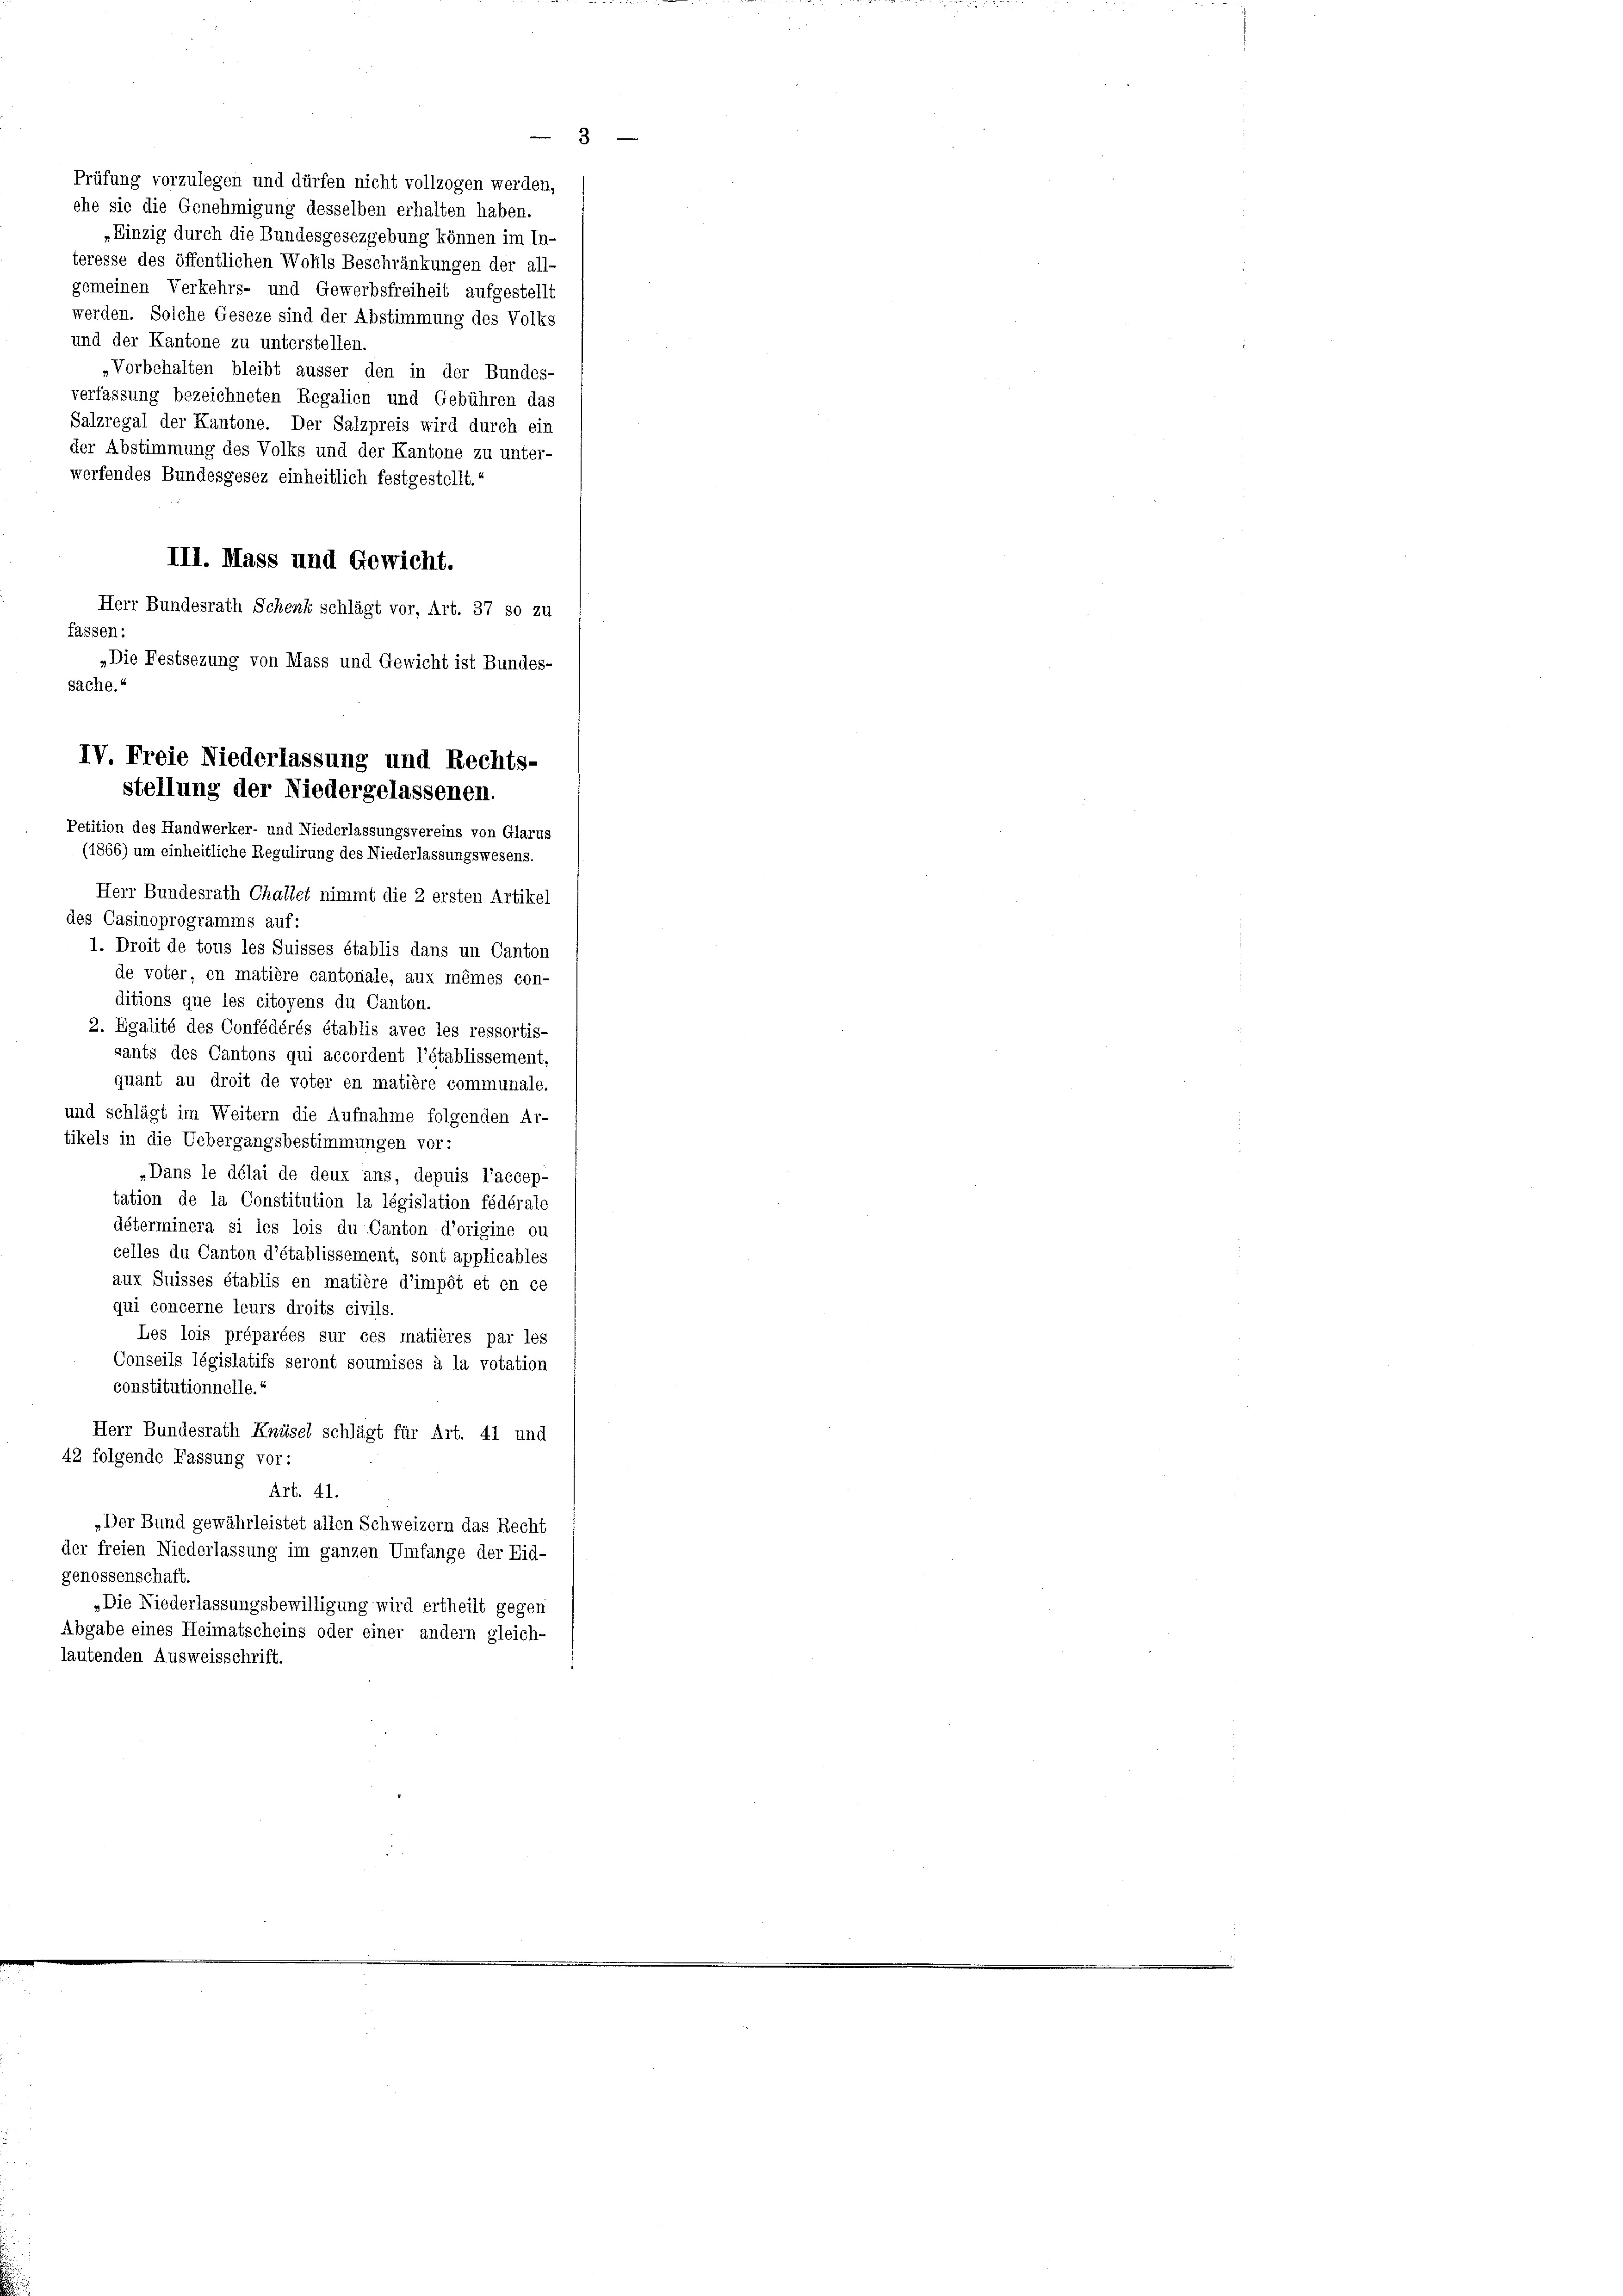
werfendes Bundesgesez einheitlich festgestellt.
III. Mass und Gewicht.
Herr Bundesrath Schenk schlägt vor, Art. 37 so zu
fassen.
„Die Festsezung von Mass und Gewicht ist Bundes-
(1866) um einheitliche Regulirung des Niederlassungswesens.
Herr Bundesrath Challet nimmt die 2 ersten Artikel
des Casinoprogramms auf:
1. Droit de tous les Suisses établis dans un Canton
de voter, en matière cantonale, aux mêmes con-
ditions que les citoyens du Canton.
2. Egalité des Confédérés établis avec les ressortis-
sants des Cantons qui accordent l’établissement,
quant au droit de voter en matière communale.
und schlägt im Weitern die Aufnahme folgenden Ar-
tikels in die Uebergangsbestimmungen vor:
„Dans le délai de deux ans, depuis l’accep-
tation de la Constitution la législation fédérale
déterminera si les lois du Canton d’origine ou
celles du Canton d’établissement, sont applicables
aux Suisses établis en matière d’impôt et en ce
qui concerne leurs droits civils
Les lois préparées sur ces matières par les
Conseils législatifs seront soumises à la votation
constitutionnelle.
Herr Bundesrath Knüsel schlägt für Art. 41 und
42 folgende Fassung vor:
Art. 41.
„Der Bund gewährleistet allen Schweizern das Recht
der freien Niederlassung im ganzen Umfange der Eid-
genossenschaft.
„Die Niederlassungsbewilligung wird ertheilt gegen
Abgabe eines Heimatscheins oder einer andern gleich-
lautenden Ausweisschrift.

3
Prüfung vorzulegen und dürfen nicht vollzogen werden,
ehe sie die Genehmigung desselben erhalten haben.
„Einzig durch die Bundesgesezgebung können im In-
teresse des öffentlichen Wohls Beschränkungen der all-
gemeinen Verkehrs- und Gewerbsfreiheit aufgestellt
werden. Solche Geseze sind der Abstimmung des Volke
und der Kantone zu unterstellen.
Vorbehalten bleibt äusser den in der Bundes-
verfassung bezeichneten Regalien und Gebühren das
Salzregal der Kantone. Der Salzpreis wird durch ein
der Abstimmung des Volks und der Kantone zu unter-

Sache.“
IV Freie Niederlassung und Rechts-
stellung der Niedergelassenen.
Petition des Handwerker- und Niederlassungsvereins von Glarus